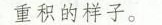
重积的样子。